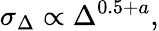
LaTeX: \sigma_{\Delta}\propto\Delta^{0.5+a},